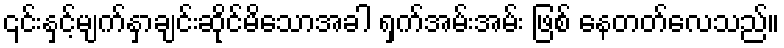
၎င်းနှင့်မျက်နှာချင်းဆိုင်မိသောအခါ ရှက်အမ်းအမ်း ဖြစ် နေတတ်လေသည်။